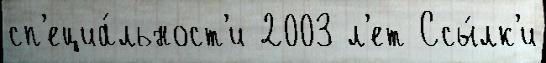
сп'ециа́льност'и 2003 л'ет Ссы́лк'и